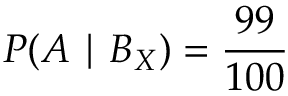
P ( A \mid B _ { X } ) = { \frac { 9 9 } { 1 0 0 } }